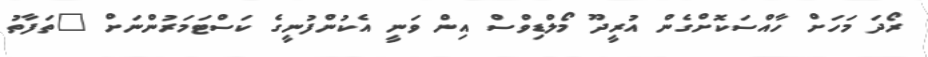
ރޯދަ މަހަށް ހާއްސަކޮށްގެން އުރީދޫ މޯލްޑިވްސް އިން ވަނީ އެކުންފުނީގެ ކަސްޓަމަރުންނަށް "ތަފާތު